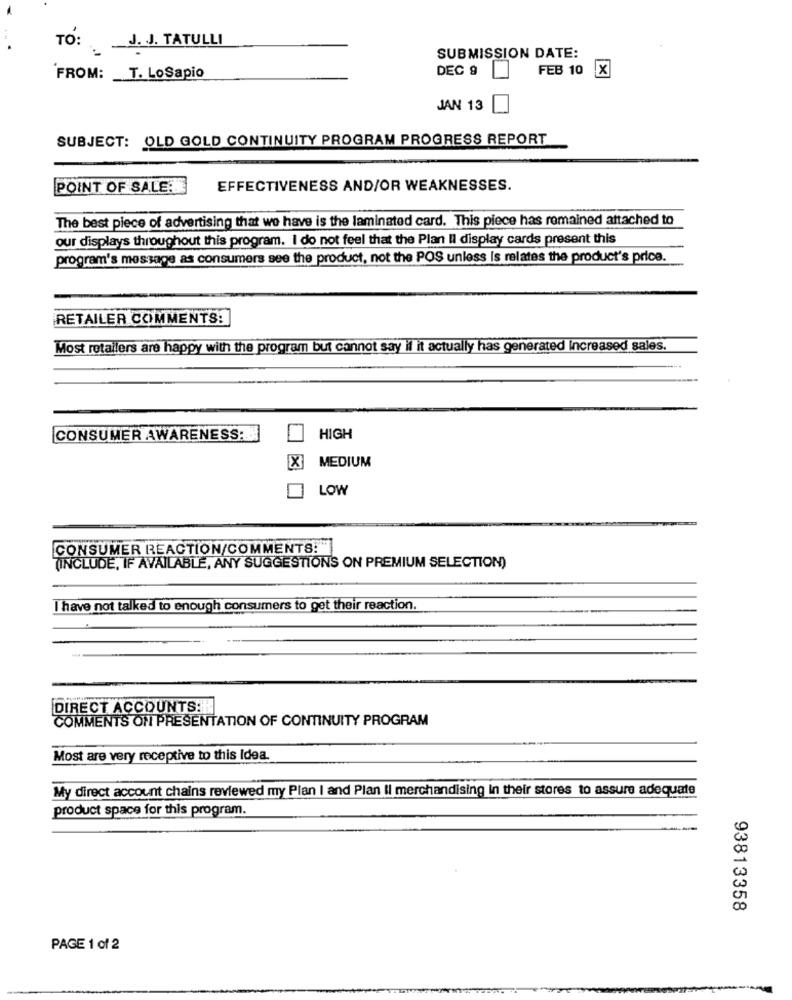
TO:
J. J. TATULLI
SUBMISSION DATE:
DEC 9
FEB 10 x
FROM:
T. LoSapio
JAN 13
SUBJECT: OLD GOLD CONTINUITY PROGRAM PROGRESS REPORT
POINT OF SALE:
EFFECTIVENESS AND/OR WEAKNESSES.
The best piece of advertising that we have is the laminated card. This piece has remained attached to
our displays throughout this program. I do not feel that the Plan Il display cards present this
program's message as consumers see the product, not the POS unless is relates the product's price.
RETAILER COMMENTS:
Most retailers are happy with the program but cannot say il it actually has generated increased sales.
CONSUMER AWARENESS :...
HIGH
MEDIUM
LOW
CONSUMER REACTION/COMMENTS:"
(INCLUDE, IF AVAILABLE, ANY SUGGESTIONS ON PREMIUM SELECTION)
I have not talked to enough consumers to get their reaction.
DIRECT ACCOUNTS:
COMMENTS ON PRESENTATION OF CONTINUITY PROGRAM
Most are very receptive to this Idea.
My direct account chains reviewed my Plan I and Plan Il merchandising in their stores to assure adequate
product space for this program.
93813358
PAGE 1 of 2